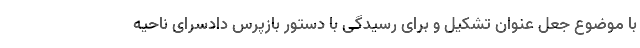
با موضوع جعل عنوان تشکیل و برای رسیدگی با دستور بازپرس دادسرای ناحیه